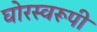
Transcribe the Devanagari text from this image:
घोरस्वरूपी